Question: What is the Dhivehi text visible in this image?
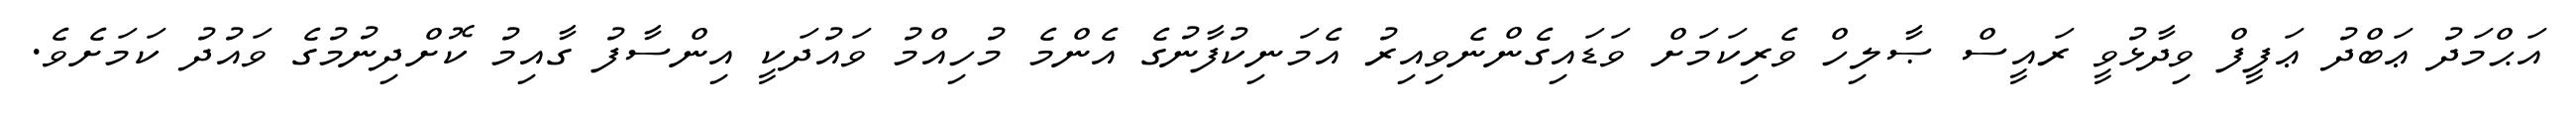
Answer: އަޙްމަދު ޢަބްދު ޢަފީފް ވިދާޅުވީ ރައީސް ޞާލިހް ވެރިކަމަށް ވަޑައިގެންނެވިއިރު އެމަނިކުފާނުގެ އެންމެ މުހިއްމު ވައުދަކީ އިންސާފު ގާއިމު ކޮށްދިނުމުގެ ވައުދު ކަމަށެވެ.